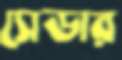
সেডার